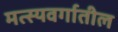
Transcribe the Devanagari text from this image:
मत्स्यवर्गातील